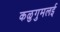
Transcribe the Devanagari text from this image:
कळुगुमलई